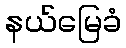
နယ်မြေခံ